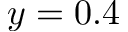
y = 0 . 4